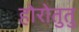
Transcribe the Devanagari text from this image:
होरोतुतु